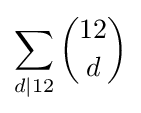
\sum _{d|12}{\binom {12}{d}}